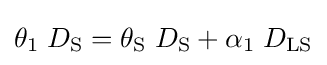
\theta _{1}\;D_{\rm {S}}=\theta _{\rm {S}}\;D_{\rm {S}}+\alpha _{1}\;D_{\rm {LS}}